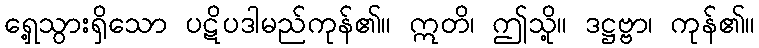
ရှေ့သွားရှိသော ပဋိပဒါမည်ကုန်၏။ ဣတိ၊ ဤသို့။ ဒဋ္ဌဗ္ဗာ၊ ကုန်၏။